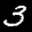
Label: 3